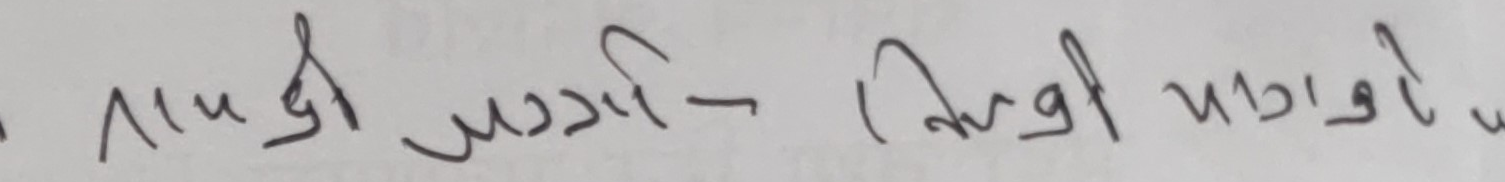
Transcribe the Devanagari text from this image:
तापश्री जग्गी– डिग्री पाटनो